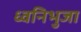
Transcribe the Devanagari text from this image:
ध्वनिभुजा